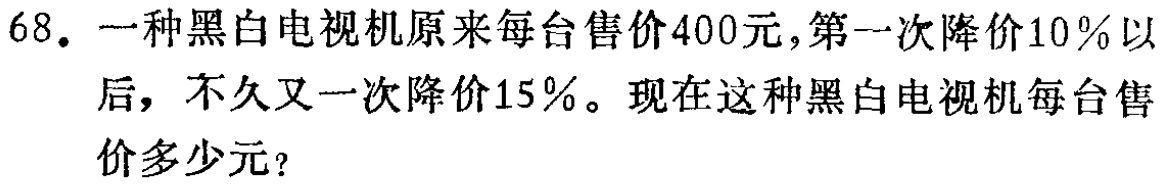
68. 一种黑白电视机原来每台售价400元,第一次降价10％以后，不久又一次降价15％。现在这种黑白电视机每台售价多少元?